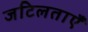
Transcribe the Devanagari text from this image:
जटिलताऍं